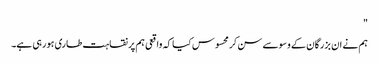
"
ہم نے ان بزرگان کے وسوسے سن کر محسوس کیا کہ واقعی ہم پر نقاہت طاری ہورہی ہے۔